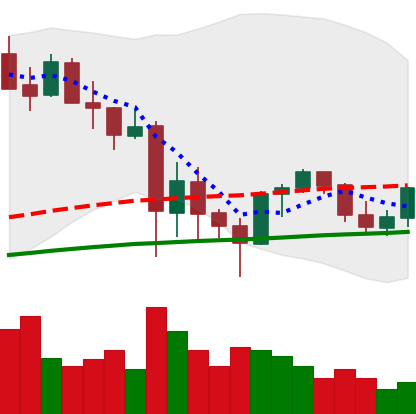
Ticker: ETH-USD
Chart end date: 2021-05-31
Forward return: -3.108%
Label: down_3_5